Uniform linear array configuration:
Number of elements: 8
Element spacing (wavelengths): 0.75
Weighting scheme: blackman
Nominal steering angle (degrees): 30
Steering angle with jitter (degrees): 30.525
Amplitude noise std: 0.05
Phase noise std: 0.05

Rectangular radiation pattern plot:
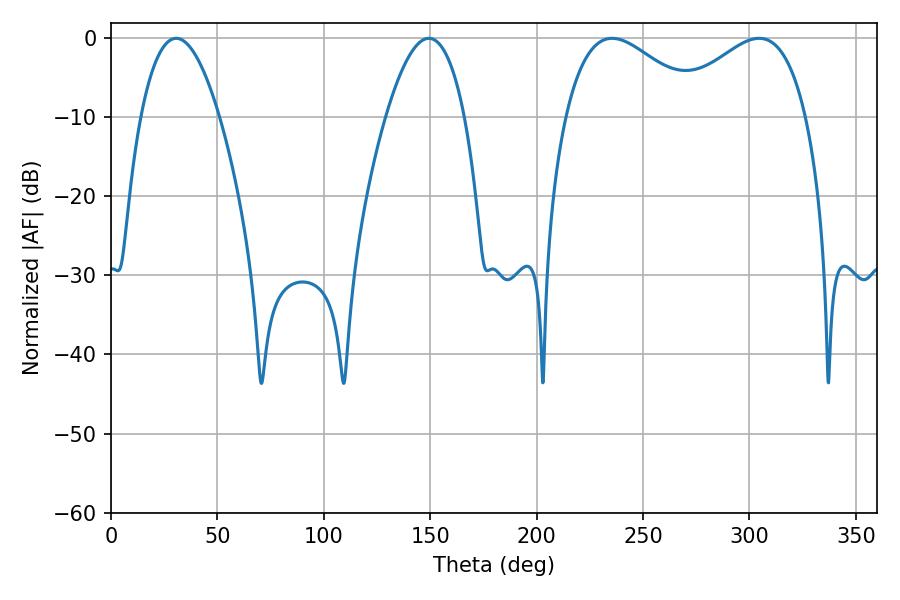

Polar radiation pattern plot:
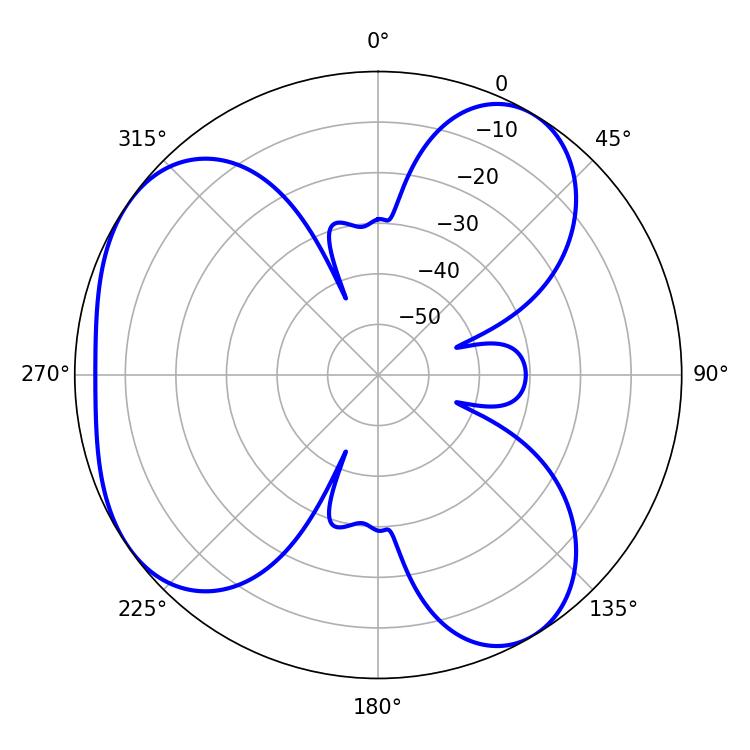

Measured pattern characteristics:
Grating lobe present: TRUE
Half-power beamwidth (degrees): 35.1
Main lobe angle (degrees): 235.44